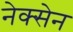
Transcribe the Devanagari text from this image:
नेक्सेन